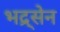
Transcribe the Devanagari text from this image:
भद्र्सेन